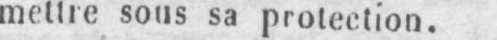
mettre sous sa protection.